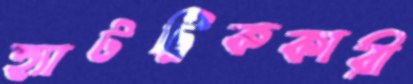
হ্যাটট্রিককারী